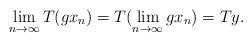
LaTeX: \begin{align*}\lim_{n\to \infty}T(gx_n)=T(\lim_{n\to \infty}gx_n)=Ty.\end{align*}